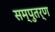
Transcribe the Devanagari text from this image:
सम्पुतर्ण